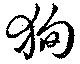
狥